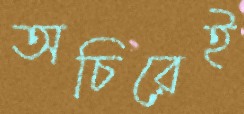
অচিরেই